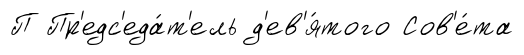
П Пр'едс'еда́т'ель д'ев'я́того Сов'е́та